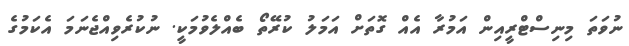
ނުވަތަ މިނިސްޓްރީއިން އަމުރާ އެއް ގޮތަށް އަމަލު ކުރޭތޯ ބެއްލެވުމަކީ. ނުކުރެވިއްޖެނަމަ އެކަމުގެ